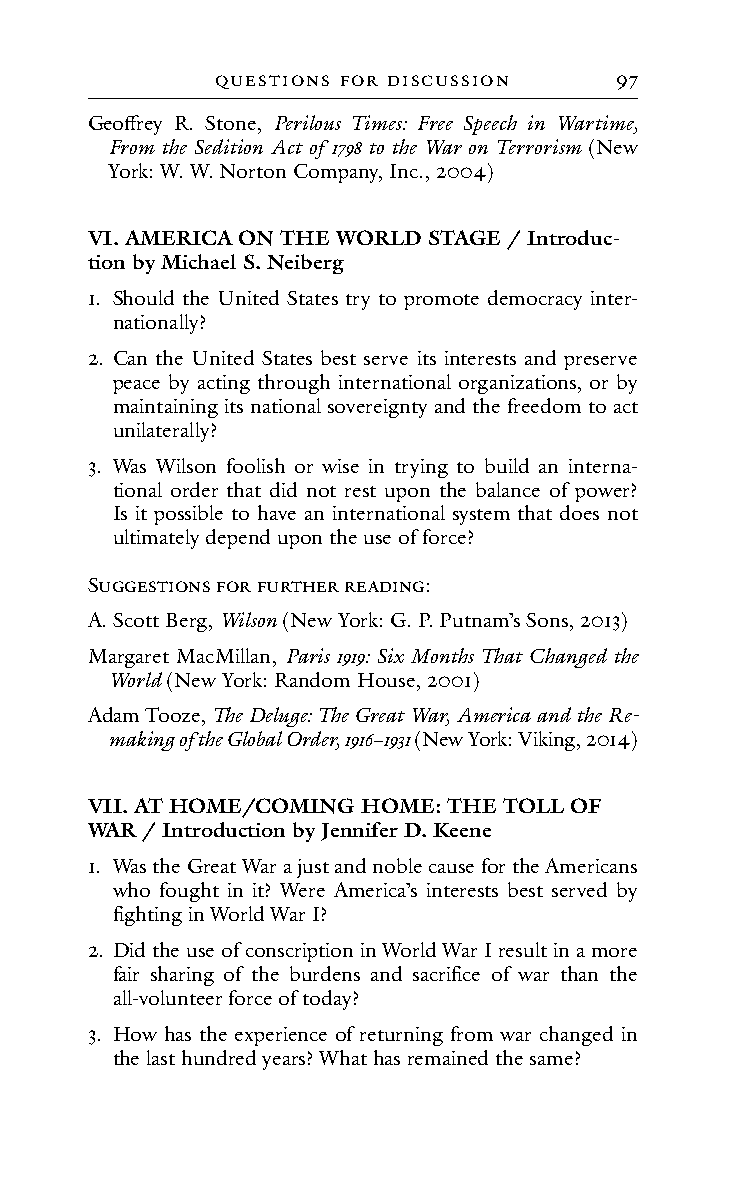
QuestIons foR dIscussIon   97
 Geoffrey R. Stone, Perilous Times: Free Speech in Wartime,
 From the Sedition Act of 1798 to the War on Terrorism (New
 York: W. W. Norton Company, Inc., 2004)
 VI. AMERICA ON THE WORLD STAGE / Introduc-
 tion by Michael S. Neiberg
 1. Should the United States try to promote democracy inter-
 nationally?
 2. Can the United States best serve its interests and preserve
 peace by acting through international organizations, or by
 maintaining its national sovereignty and the freedom to act
 unilaterally?
 3. Was Wilson foolish or wise in trying to build an interna-
 tional order that did not rest upon the balance of power?
 Is it possible to have an international system that does not
 ultimately depend upon the use of force?
 SuGGestIons foR fuRtHeR ReAdInG:
 A. Scott Berg, Wilson (New York: G. P. Putnam’s Sons, 2013)
 Margaret MacMillan, Paris 1919: Six Months That Changed the
 World (New York: Random House, 2001)
 Adam Tooze, The Deluge: The Great War, America and the Re-
 making of the Global Order, 1916−1931 (New York: Viking, 2014)
 VII. AT HOME/COMING HOME: THE TOLL OF
 WAR / Introduction by Jennifer D. Keene
 1. Was the Great War a just and noble cause for the Americans
 who fought in it? Were America’s interests best served by
 fighting in World War I?
 2. Did the use of conscription in World War I result in a more
 fair sharing of the burdens and sacrifice of war than the
 all-volunteer force of today?
 3. How has the experience of returning from war changed in
 the last hundred years? What has remained the same?